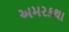
અમરકથા